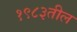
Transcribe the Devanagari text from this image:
१९८३तील